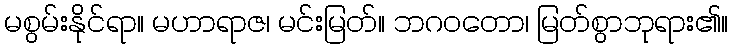
မစွမ်းနိုင်ရာ။ မဟာရာဇ၊ မင်းမြတ်။ ဘဂဝတော၊ မြတ်စွာဘုရား၏။